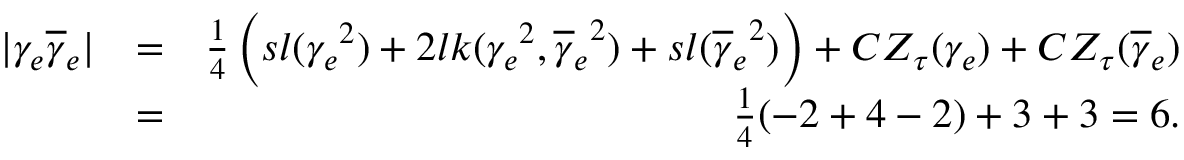
\begin{array} { r l r } { \vert \gamma _ { e } \overline { { \gamma } } _ { e } \vert } & { = } & { \frac { 1 } { 4 } \left( s l ( { \gamma _ { e } } ^ { 2 } ) + 2 l k ( { \gamma _ { e } } ^ { 2 } , { \overline { { \gamma } } _ { e } } ^ { 2 } ) + s l ( { \overline { { \gamma } } _ { e } } ^ { 2 } ) \right) + C Z _ { \tau } ( \gamma _ { e } ) + C Z _ { \tau } ( \overline { { \gamma } } _ { e } ) } \\ & { = } & { \frac { 1 } { 4 } ( - 2 + 4 - 2 ) + 3 + 3 = 6 . } \end{array}